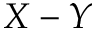
X - Y